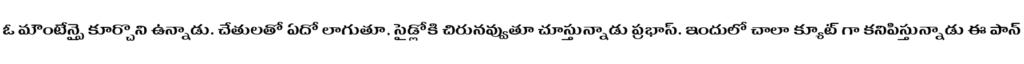
ఓ మౌంటేన్పై కూర్చొని ఉన్నాడు. చేతులతో ఏదో లాగుతూ, సైడ్లోకి చిరునవ్వుతూ చూస్తున్నాడు ప్రభాస్. ఇందులో చాలా క్యూట్ గా కనిపిస్తున్నాడు ఈ పాన్